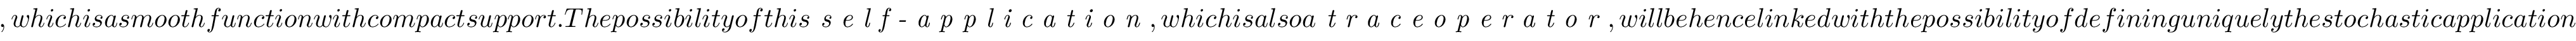
, w h i c h i s a s m o o t h f u n c t i o n w i t h c o m p a c t s u p p o r t . T h e p o s s i b i l i t y o f t h i s \textit { s e l f - a p p l i c a t i o n } , w h i c h i s a l s o a \textit { t r a c e o p e r a t o r } , w i l l b e h e n c e l i n k e d w i t h t h e p o s s i b i l i t y o f d e f i n i n g u n i q u e l y t h e s t o c h a s t i c a p p l i c a t i o n